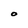
Character: O